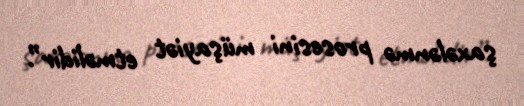
şaxələnmə prosesini müşayiət etməlidir”.